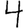
Digit: 4